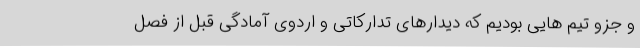
و جزو تیم هایی بودیم که دیدارهای تدارکاتی و اردوی آمادگی قبل از فصل